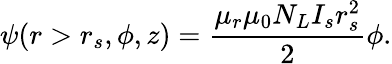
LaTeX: \psi(r>r_{s},\phi,z)=\frac{\mu_{r}\mu_{0}N_{L}I_{s}r_{s}^{2}}{2}\phi.